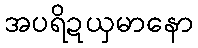
အပရိဍယှမာနော